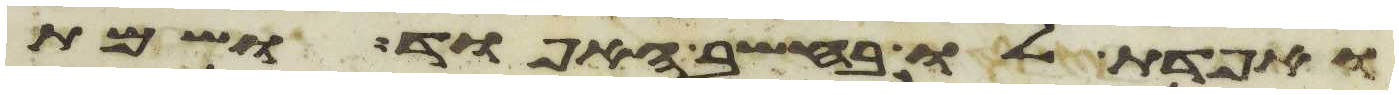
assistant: ואפדת לו בחשב האפוד ושמת